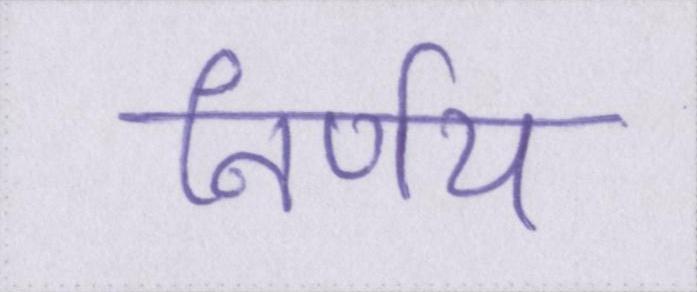
निर्णय